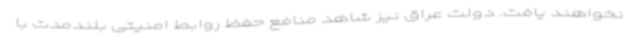
نخواهند یافت. دولت عراق نیز شاهد منافع حفظ روابط امنیتی بلندمدت با